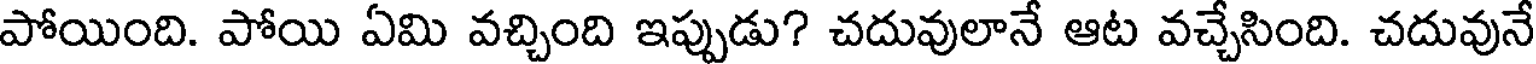
పోయింది. పోయి ఏమి వచ్చింది ఇప్పుడు? చదువులానే ఆట వచ్చేసింది. చదువునే